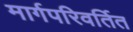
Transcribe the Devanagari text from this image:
मार्गपरिवर्तित